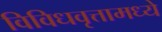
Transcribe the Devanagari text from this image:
विविधवृत्तामध्ये